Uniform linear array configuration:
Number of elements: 4
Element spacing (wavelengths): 0.75
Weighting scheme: cosine
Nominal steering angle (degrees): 0
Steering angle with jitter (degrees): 0.004495
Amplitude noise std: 0.05
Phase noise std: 0.05

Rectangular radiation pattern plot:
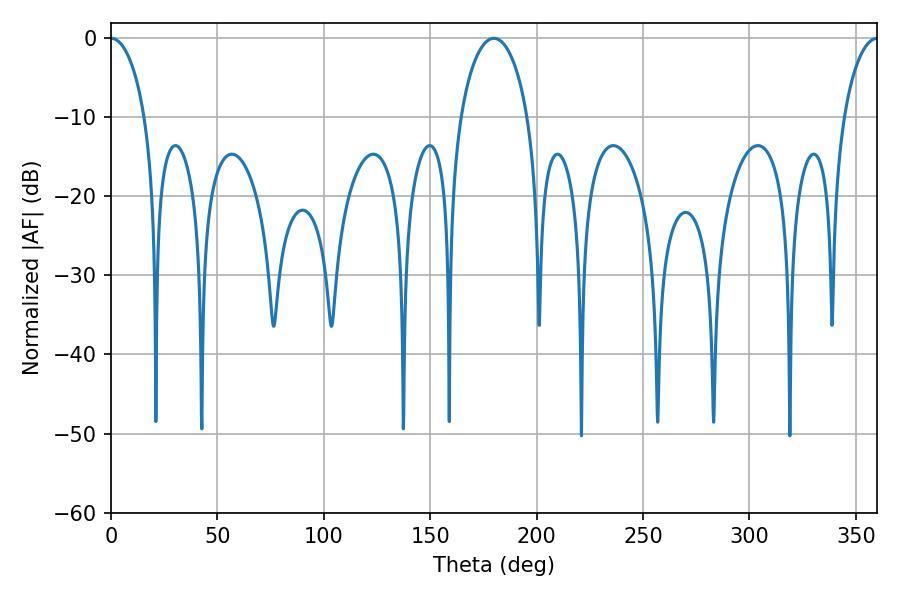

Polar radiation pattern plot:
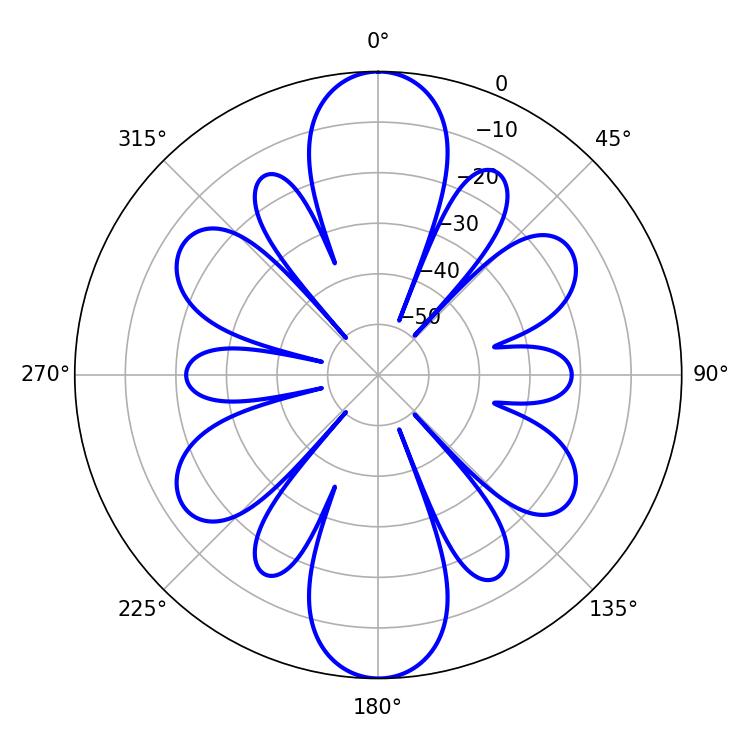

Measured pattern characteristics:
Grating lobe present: TRUE
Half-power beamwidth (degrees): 9.18
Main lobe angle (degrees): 0